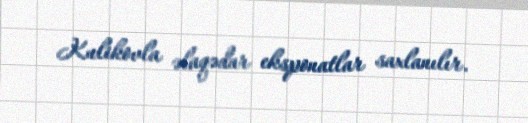
Kulikovla əlaqədar eksponatlar saxlanılır.